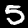
Digit: 5